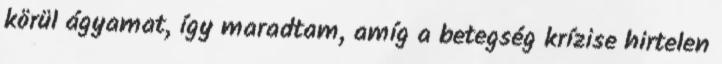
körül ágyamat, így maradtam, amíg a betegség krízise hirtelen